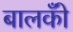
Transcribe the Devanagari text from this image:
बालकोँ